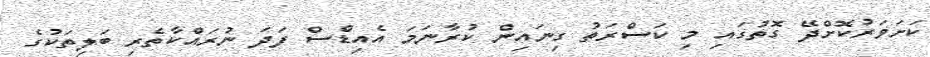
ކަށަވަރުކޮށްދޭ ގޮތުގައި މި ކަސްރަތު ގިނައިން ކުރާނަމަ އެއިޑްސް ފަދަ ނުރައްކާތެރި ބަލިތަކުގެ